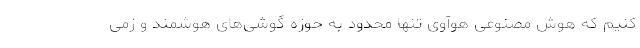
کنیم که هوش مصنوعی هوآوی تنها محدود به حوزه گوشی‌های هوشمند و زمی